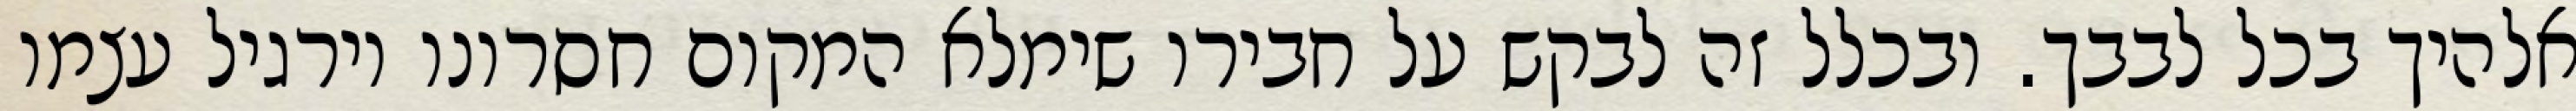
אלהיך בכל לבבך. ובכלל זה לבקש על חבירו שימלא המקום חסרונו וירגיל עצמו